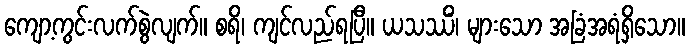
ကျော့ကွင်းလက်စွဲလျက်။ စရိ၊ ကျင်လည်ရပြီ။ ယသဿိံ၊ များသော အခြံအရံရှိသော။